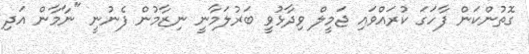
ގޮތުންކަން ފާހަގަ ކުރައްވައި ޖަމީލް ވިދާޅުވީ ބަރުލަމާނީ ނިޒާމުން ފެނުނީ "ނާމާން އަދި